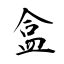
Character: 盒